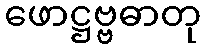
ဖောဋ္ဌဗ္ဗဓာတု